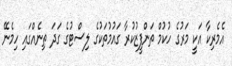
އެމެރިކާ އަކީ މަރުގެ ހުކުމް ތަންފީޒުކުރާ ގައުމުތަކުގެ ލިސްޓުގެ ގަދަ ތިނެއްގައި ހިމެނޭ